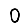
Digit: 0